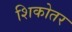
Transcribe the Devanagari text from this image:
शिकोतर